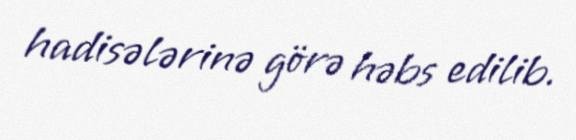
hadisələrinə görə həbs edilib.